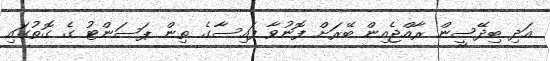
އަދި ބިދޭސީން ރާއްޖެއިން ބޭރަށް ފޮނުވާ ފައިސާގެ ތިން ޕަސަންޓު ގެ ގޮތުގައި